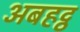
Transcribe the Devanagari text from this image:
अबहट्ठ